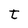
Character: t